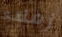
زملاء